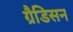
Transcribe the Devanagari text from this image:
ग्रैडिसन